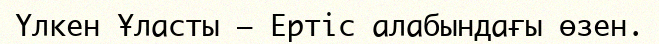
Үлкен Ұласты – Ертіс алабындағы өзен.